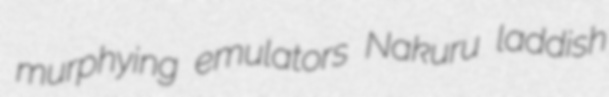
murphying emulators Nakuru laddish